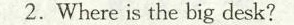
2.Where is the big desk?